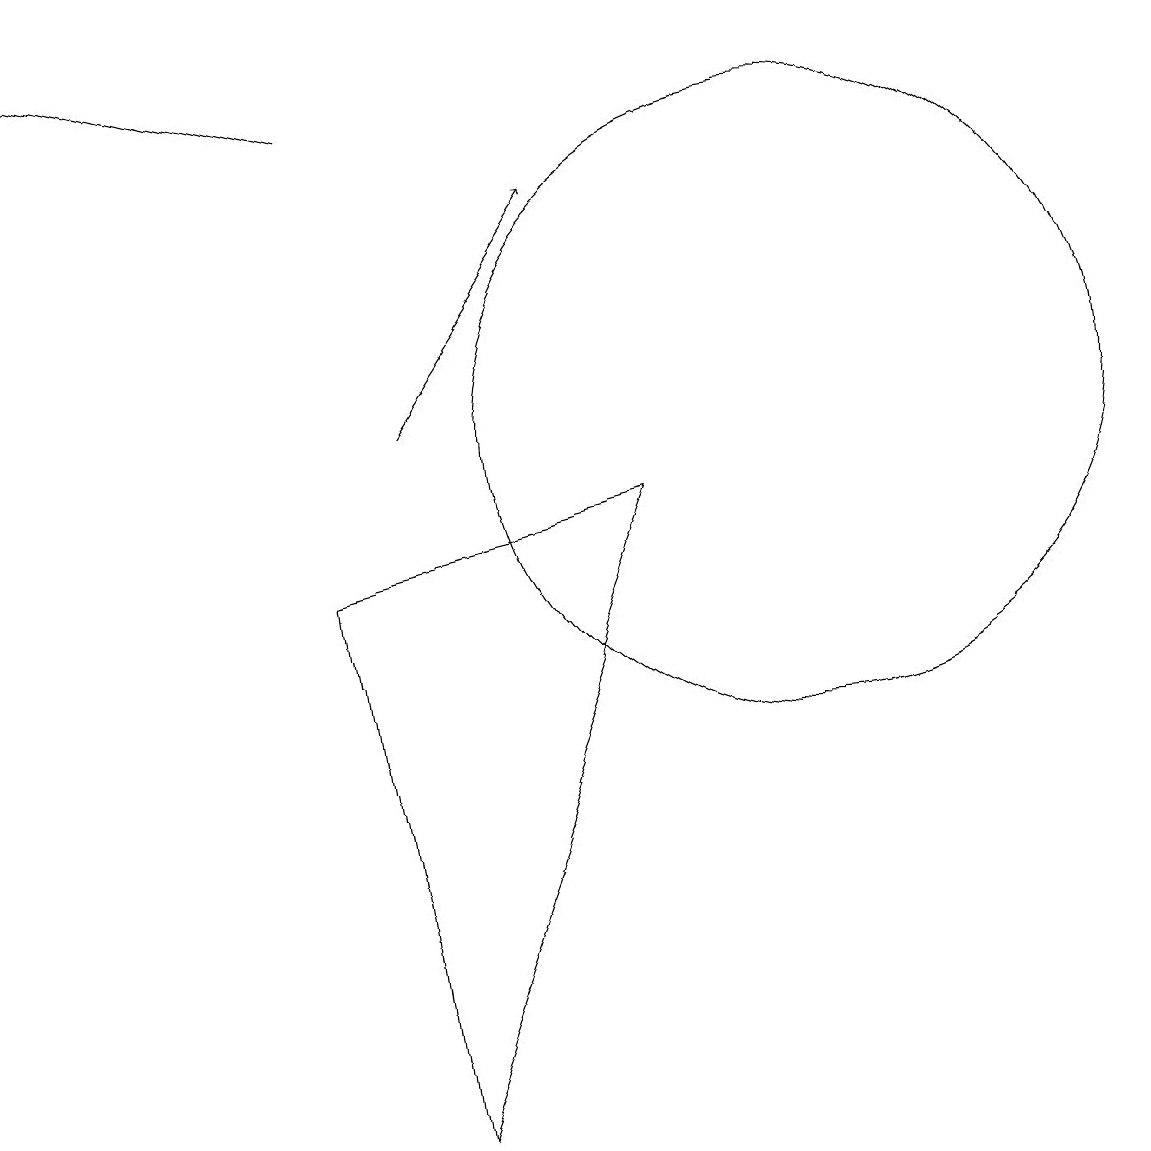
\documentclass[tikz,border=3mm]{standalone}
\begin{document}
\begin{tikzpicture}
\draw[->] (5,14) -- (1,15);
\draw (11,10) circle (4);
\draw[->] (6,10) -- (8,13);
\draw (5,8) -- (9,9) -- (6,1) -- cycle;
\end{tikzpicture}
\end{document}